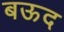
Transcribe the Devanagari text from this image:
बऊद